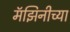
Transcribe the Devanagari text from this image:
मॅझिनीच्या